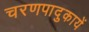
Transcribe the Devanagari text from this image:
चरणपादुकायें